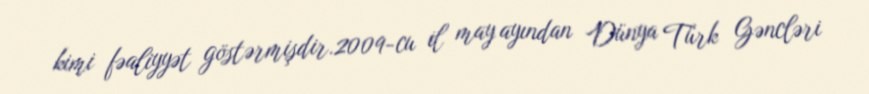
kimi fəaliyyət göstərmişdir.2009-cu il may ayından Dünya Türk Gəncləri